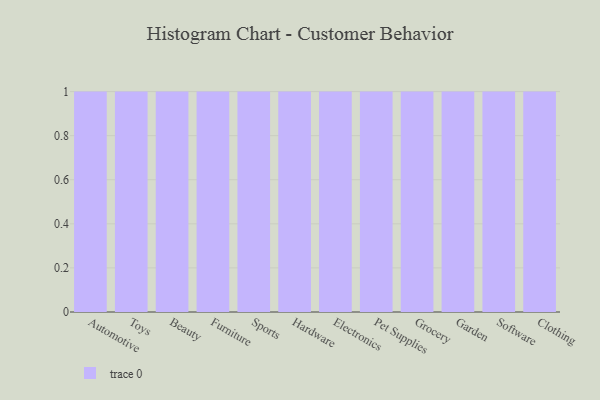
{"axis": {"x": "Category", "y": "Active Users"}, "legend": [""], "data": [{"x": "Automotive", "y": 20, "type": ""}, {"x": "Toys", "y": 96, "type": ""}, {"x": "Beauty", "y": 25, "type": ""}, {"x": "Furniture", "y": 10, "type": ""}, {"x": "Sports", "y": 49, "type": ""}, {"x": "Hardware", "y": 57, "type": ""}, {"x": "Electronics", "y": 14, "type": ""}, {"x": "Pet Supplies", "y": 6, "type": ""}, {"x": "Grocery", "y": 100, "type": ""}, {"x": "Garden", "y": 10, "type": ""}, {"x": "Software", "y": 69, "type": ""}, {"x": "Clothing", "y": 31, "type": ""}]}